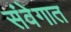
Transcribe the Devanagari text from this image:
संवेगात